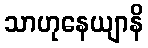
သာဟုနေယျာနိ